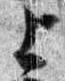
上